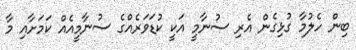
ބިން ހެލުމާ ގުޅިގެން އެރި ސުނާމީ އަކީ ކުޑަވަރެއްގެ ސުނާމީއެއް ކަމަށާއި މާ